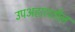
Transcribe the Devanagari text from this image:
उपअहारातील